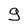
Character: g